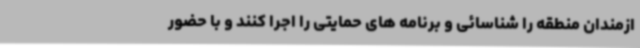
ازمندان منطقه را شناسائی و برنامه های حمایتی را اجرا کنند و با حضور